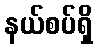
နယ်စပ်ရှိ